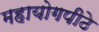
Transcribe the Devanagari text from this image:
महायोगपीठे